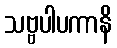
သဗ္ဗပါပကာနိ